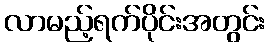
လာမည့်ရက်ပိုင်းအတွင်း